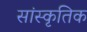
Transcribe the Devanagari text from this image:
सांस्‍कृतिक